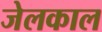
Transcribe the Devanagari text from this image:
जेलकाल